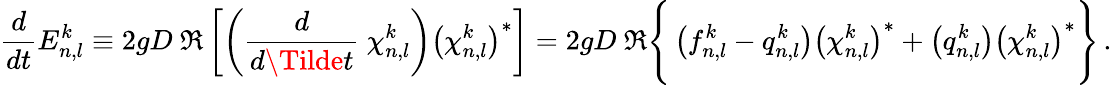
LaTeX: \frac{d}{dt}E_{n,l}^{k}\equiv 2gD\ \Re\left[\left(\frac{d}{d\Tilde{t}}\ \chi_{n,l}^{k}\right)\left(\chi_{n,l}^{k}\right)^{*}\right]=2gD\ \Re\Bigg\{ \left(f_{n,l}^{k}-q_{n,l}^{k}\right)\left(\chi_{n,l}^{k}\right)^{*}+\left(q_{n,l}^{k}\right)\left(\chi_{n,l}^{k}\right)^{*}\Bigg\} \, .